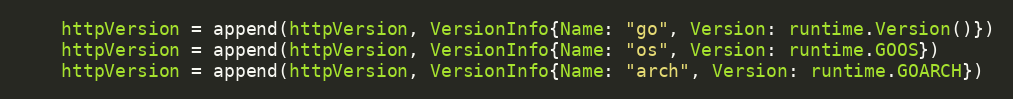
Language: Go
	httpVersion = append(httpVersion, VersionInfo{Name: "go", Version: runtime.Version()})
	httpVersion = append(httpVersion, VersionInfo{Name: "os", Version: runtime.GOOS})
	httpVersion = append(httpVersion, VersionInfo{Name: "arch", Version: runtime.GOARCH})